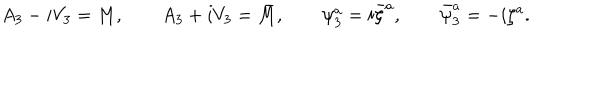
LaTeX: A _ { 3 } - i V _ { 3 } = M , \qquad A _ { 3 } + i V _ { 3 } = \bar { M } , \qquad \psi _ { 3 } ^ { a } = i \bar { \zeta } ^ { a } , \qquad \bar { \psi } _ { 3 } ^ { a } = - i \zeta ^ { a } .